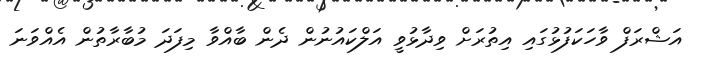
އަޝްރަފް ވާހަކަފުޅުގައި އިތުރަށް ވިދާޅުވީ އަލްކައުނުން ދެން ބާއްވާ މިފަދަ މުބާރާތުން އެއްވަނަ